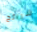
شرائح